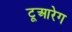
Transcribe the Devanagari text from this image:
टूआरेग